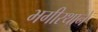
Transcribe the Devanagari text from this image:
भगीरथाने